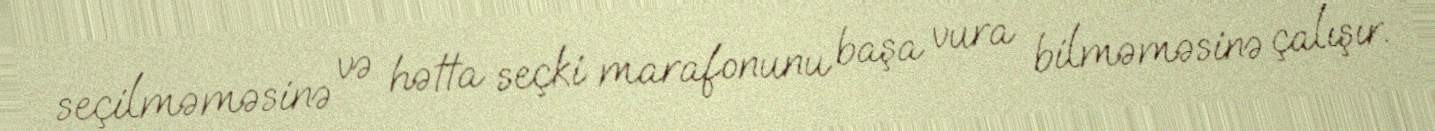
seçilməməsinə və hətta seçki marafonunu başa vura bilməməsinə çalışır.